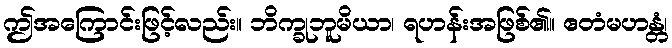
ဤအကြောင်းဖြင့်လည်း။ ဘိက္ခုဘူမိယာ၊ ရဟန်းအဖြစ်၏။ ဧတံမဟန္တံ၊